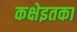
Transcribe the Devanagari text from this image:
कक्षेइतका